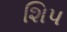
શિપ